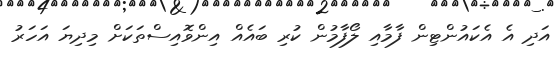
އަދި އެ އެކައުންޓިން ފާމާއި ލޯފާމުން ކުރި ބައެއް އިންވޮއިސްތަކަށް މިދިޔަ އަހަރު